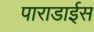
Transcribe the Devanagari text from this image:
पाराडाईस